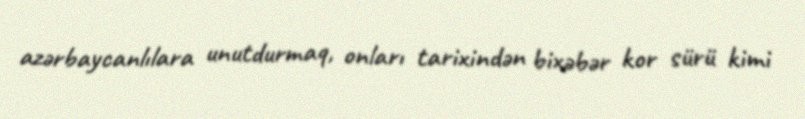
azərbaycanlılara unutdurmaq, onları tarixindən bixəbər kor sürü kimi